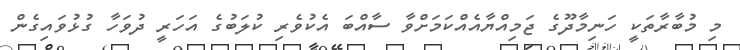
މި މުބާރާތަކީ ހަނިމާދޫގެ ޖަމިއްޔާއެއްކަމަށްވާ ސާއްބަ އެކުވެރި ކުލަބުގެ އަހަރީ ދުވަހާ ގުޅުވައިގެން